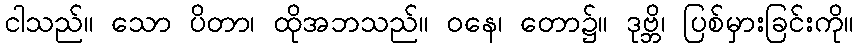
ငါသည်။ သော ပိတာ၊ ထိုအဘသည်။ ဝနေ၊ တော၌။ ဒုဗ္ဘိ၊ ပြစ်မှားခြင်းကို။